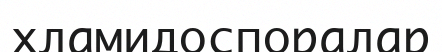
хламидоспоралар